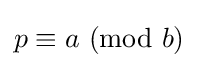
p\equiv a{\text{ }}(\mathrm {mod} {\text{ }}b)